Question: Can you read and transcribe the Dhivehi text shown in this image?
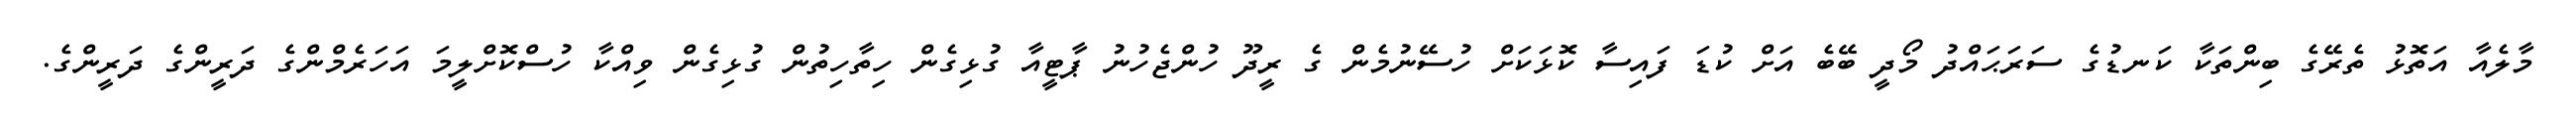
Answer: މާލެއާ އަތޮޅު ތެރޭގެ ބިންތަކާ ކަނޑުގެ ސަރަޙައްދު މޯދީ ބޭބެ އަށް ކުޑަ ފައިސާ ކޮޅަކަށް ހުސޭނުމެން ގެ ރީދޫ ހުންޖެހުނު ޕާޓީއާ ގުޅިގެން ހިތާހިތުން ގުޅިގެން ވިއްކާ ހުސްކޮށްލީމަ އަހަރެމްންގެ ދަރީންގެ ދަރީންގެ.